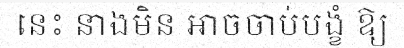
នេះ នាងមិន អាចចាប់បង្ខំ ឱ្យ